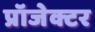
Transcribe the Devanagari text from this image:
प्रॉजेक्टर